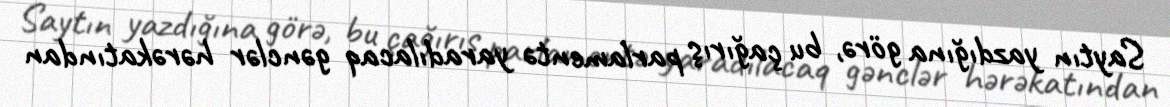
Saytın yazdığına görə, bu çağırış parlamentə yaradılacaq gənclər hərəkatından